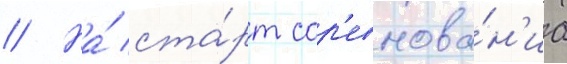
// На́ ста́рт сор'евнова́н'иа